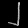
Digit: ၂